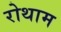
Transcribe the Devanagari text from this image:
रोथाम